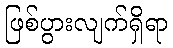
ဖြစ်ပွားလျက်ရှိရာ